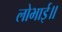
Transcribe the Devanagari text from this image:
लोभाई॥